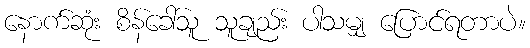
နောက်ဆုံး စိန်ခေါ်သူ သူချည်း ပါသမျှ ပြောင်ရတာပဲ။